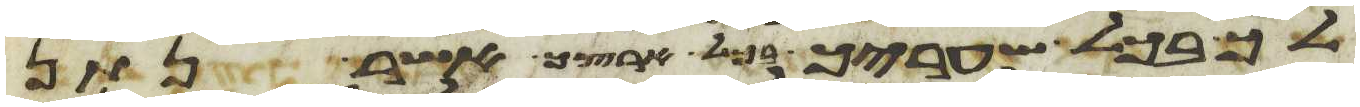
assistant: לך בכל שעריך בכל ארצך אשר נתן